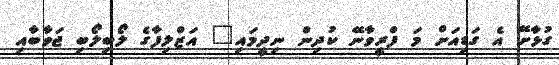
ގުޅާށޭ އެ ގަޑިއަށް މަ ފްރީވާނޭ ކުދިން ނިދީމައި" އަޒްލިފާގެ ލޯބިލޯބި ޖަވާބާއި